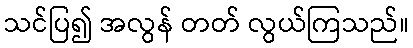
သင်ပြ၍ အလွန် တတ် လွယ်ကြသည်။